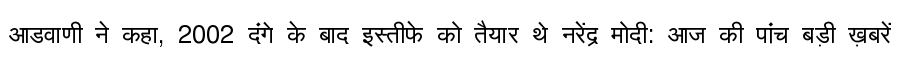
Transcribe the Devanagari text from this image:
आडवाणी ने कहा, 2002 दंगे के बाद इस्तीफे को तैयार थे नरेंद्र मोदी: आज की पांच बड़ी ख़बरें